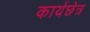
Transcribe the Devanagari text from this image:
कार्यछेत्र